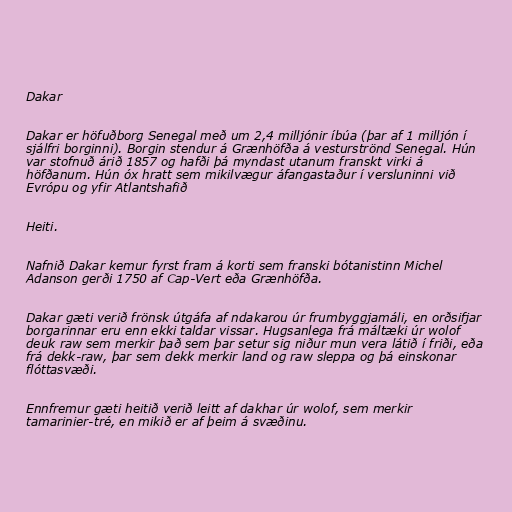
Dakar

Dakar er höfuðborg Senegal með um 2,4 milljónir íbúa (þar af 1 milljón í
sjálfri borginni). Borgin stendur á Grænhöfða á vesturströnd Senegal. Hún
var stofnuð árið 1857 og hafði þá myndast utanum franskt virki á
höfðanum. Hún óx hratt sem mikilvægur áfangastaður í versluninni við
Evrópu og yfir Atlantshafið

Heiti.

Nafnið Dakar kemur fyrst fram á korti sem franski bótanistinn Michel
Adanson gerði 1750 af Cap-Vert eða Grænhöfða.

Dakar gæti verið frönsk útgáfa af ndakarou úr frumbyggjamáli, en orðsifjar
borgarinnar eru enn ekki taldar vissar. Hugsanlega frá máltæki úr wolof
deuk raw sem merkir það sem þar setur sig niður mun vera látið í friði, eða
frá dekk-raw, þar sem dekk merkir land og raw sleppa og þá einskonar
flóttasvæði.

Ennfremur gæti heitið verið leitt af dakhar úr wolof, sem merkir
tamarinier-tré, en mikið er af þeim á svæðinu.